Lunatic asylums Madras 1892-1911 - 1892-1911
Year: 1892
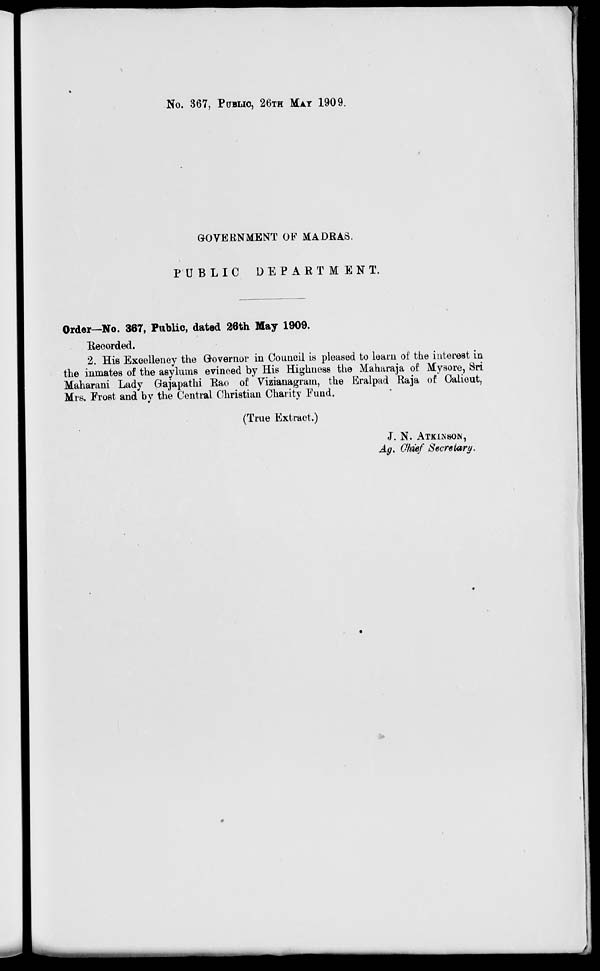
No. 367, PUBLIC, 26TH MAT 1909.
GOVERNMENT OF MADRAS.
PUBLIC
DEPARTMENT.
Order—No. 367, Public, dated 26th May 1909.
Recorded.
2. His Excellency the Governor in Council is pleased to learn of the interest in
the inmates of the asylums evinced by His Highness the Maharaja of Mysore, Sri
Maharani Lady Gajapathi Rao of Vizianagram, the Eralpad Raja of Oalieut,
Mrs. Frost and by the Central Christian Charity Fund.
(True Extract.)
J. N. ATKINSON,
Ag, Chief Secretary.